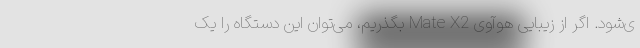
ی‌شود. اگر از زیبایی هوآوی Mate X2 بگذریم، می‌توان این دستگاه را یک